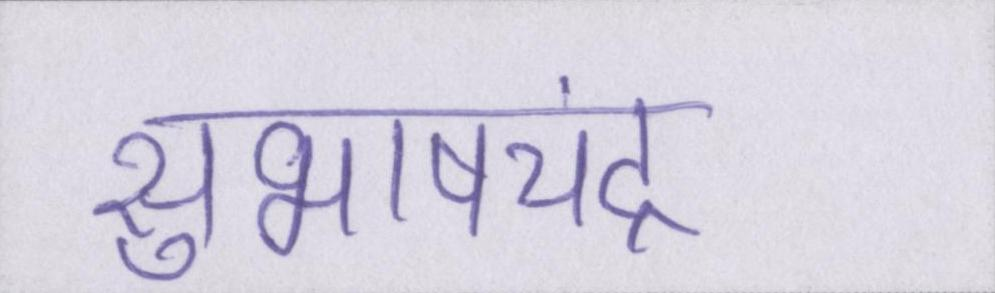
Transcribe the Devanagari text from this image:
सुभाषचंद्र